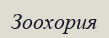
Зоохория